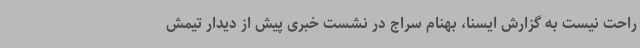
راحت نیست به گزارش ایسنا، بهنام سراج در نشست خبری پیش از دیدار تیمش